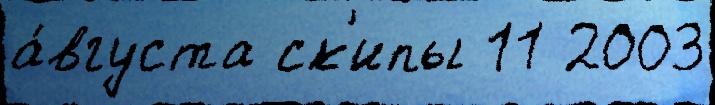
а́вгуста ск'ипы 11 2003